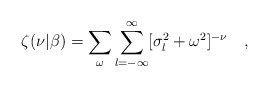
\begin{align*}\zeta(\nu|\beta)=\sum_{\omega}\sum_{l=-\infty}^{\infty}[\sigma_l^2+\omega^2]^{-\nu}~~~,\end{align*}